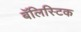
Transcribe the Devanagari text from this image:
बॅलिस्टिक